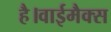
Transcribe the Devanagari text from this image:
है।वाईमैक्स